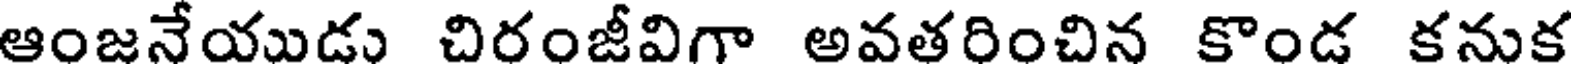
ఆంజనేయుడు చిరంజీవిగా అవతరించిన కొండ కనుక